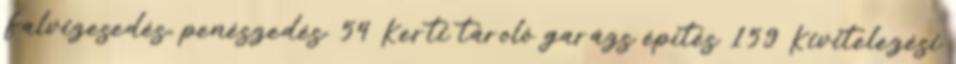
Falvizesedés, penészedés. 54 Kerti tároló garázs építés 159 Kivitelezési